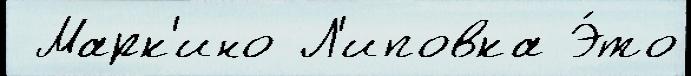
 Марк'ино Л'иповка Э́то